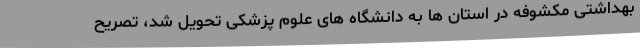
بهداشتی مکشوفه در استان ها به دانشگاه های علوم پزشکی تحویل شد، تصریح